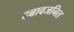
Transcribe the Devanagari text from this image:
दबावजनित